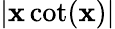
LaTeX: |\mathbf{x}\cot(\mathbf{x})|